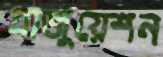
গ্রাজুয়েশন